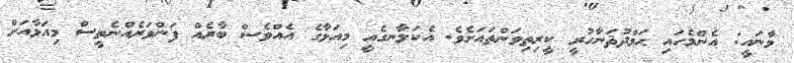
މާނައީ: އެންމެހައި ޙަމްދުޘަނާހުރީ ކީރިތިވަންތައަށެވެ. އެކަލާނގެއީ މިއަޅާގެ އެއްވެސް ބާރެއް ފަންވަރެއްނެތީސް މިއަޅާއަށް